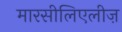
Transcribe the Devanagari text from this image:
मारसीलिएलीज़